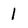
Character: 1